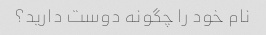
نام خود را چگونه دوست دارید؟